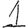
Digit: 1